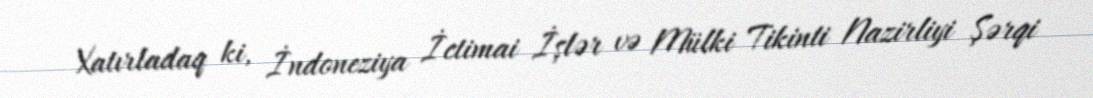
Xatırladaq ki, İndoneziya İctimai İşlər və Mülki Tikinti Nazirliyi Şərqi